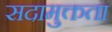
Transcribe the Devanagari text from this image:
सदामुक्तता